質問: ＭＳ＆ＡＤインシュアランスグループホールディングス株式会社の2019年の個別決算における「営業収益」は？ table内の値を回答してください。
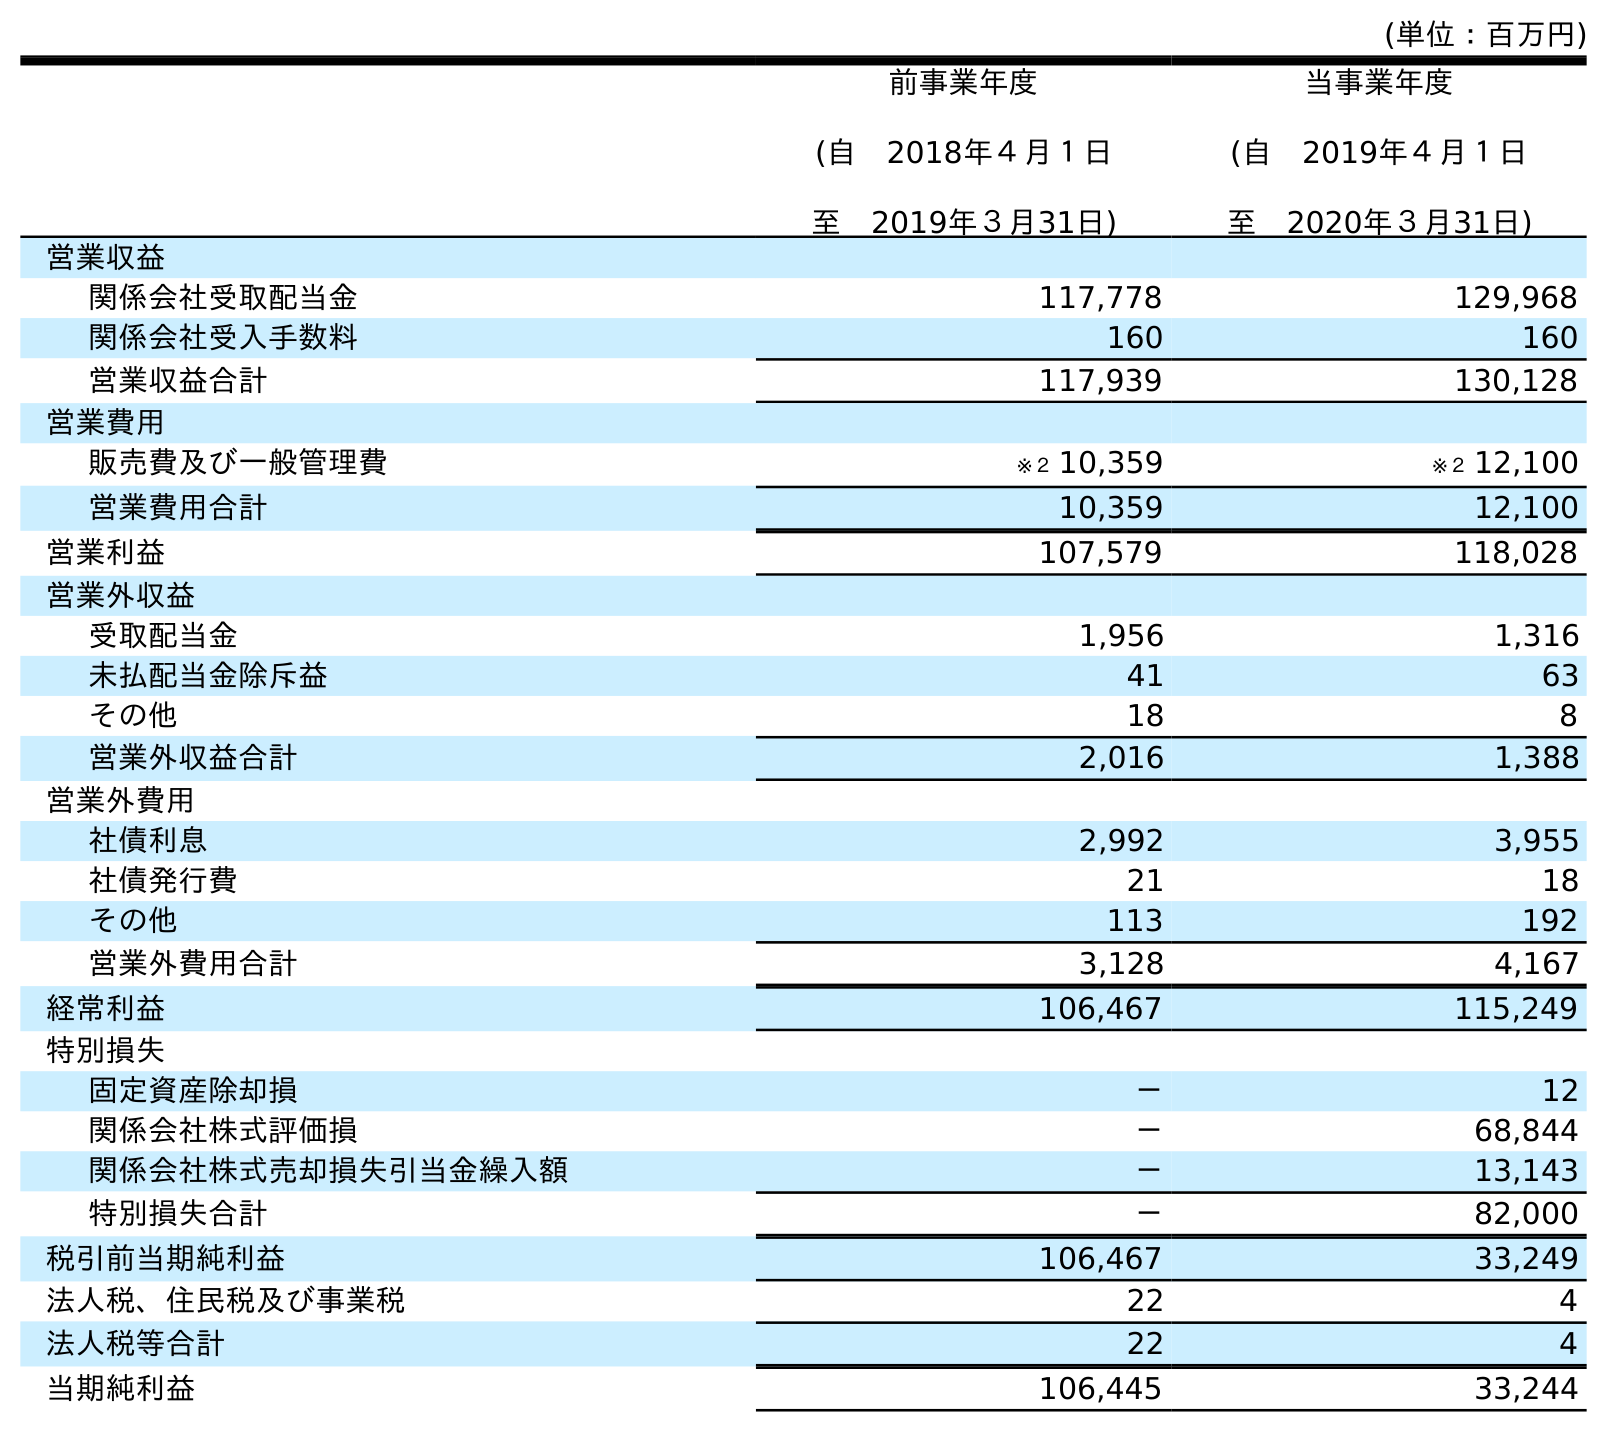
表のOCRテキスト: (単位：百万円) 前事業年度 (自 2018年４月１日 至 2019年３月31日) 当事業年度 (自 2019年４月１日 至 2020年３月31日) 営業収益 関係会社受取配当金 117,778 129,968 関係会社受入手数料 160 160 営業収益合計 117,939 130,128 営業費用 販売費及び一般管理費 ※２ 10,359 ※２ 12,100 営業費用合計 10,359 12,100 営業利益 107,579 118,028 営業外収益 受取配当金 1,956 1,316 未払配当金除斥益 41 63 その他 18 8 営業外収益合計 2,016 1,388 営業外費用 社債利息 2,992 3,955 社債発行費 21 18 その他 113 192 営業外費用合計 3,128 4,167 経常利益 106,467 115,249 特別損失 固定資産除却損 － 12 関係会社株式評価損 － 68,844 関係会社株式売却損失引当金繰入額 － 13,143 特別損失合計 － 82,000 税引前当期純利益 106,467 33,249 法人税、住民税及び事業税 22 4 法人税等合計 22 4 当期純利益 106,445 33,244
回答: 117,939